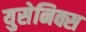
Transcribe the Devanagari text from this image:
युसेनिक्स